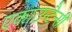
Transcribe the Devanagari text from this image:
एकाउन्टैन्सी